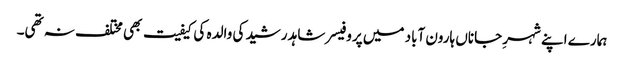
ہمارے اپنے شہرِ جاناں ہارون آباد میں پروفیسر شاہد رشید کی والدہ کی کیفیت بھی مختلف نہ تھی۔